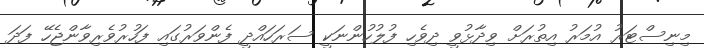
މިނިސްޓަރު އުމަރު އިތުރަށް ވިދާޅުވީ ދިވެހި ފުލުހުންނަކީ ސަރަހައްދީ ފެންވަރުގައި ފަހުރުވެރިވާންޖެހޭ ފަދަ